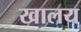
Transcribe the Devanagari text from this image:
खालय